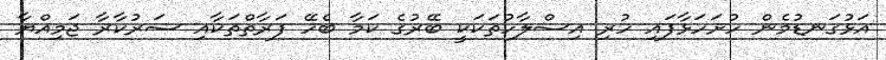
އަޅުގަނޑުމެން ހުށަހަޅާފައި ހުރި އިސްލާހުތަކަކީ ބޭރުގެ ކަމާ ބެހޭ ފަރާތްތަކާއި ސަރުކާރާ ޖަމިއްޔާ